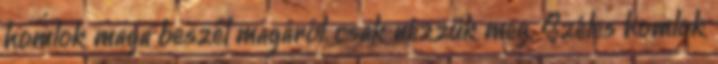
homlok maga beszél magáról, csak nézzük meg. Széles homlok